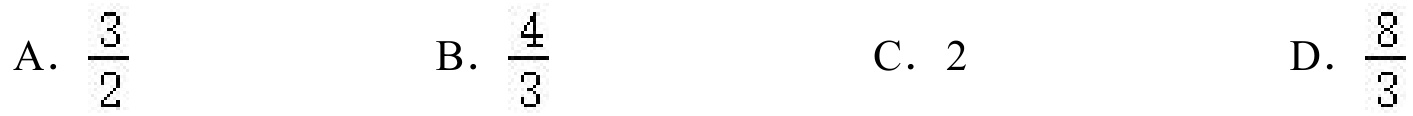
A. \(\frac{3}{2}\)
B. \(\frac{4}{3}\)
C. \(2\)
D. \(\frac{8}{3}\)